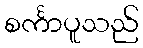
စင်္ကာပူသည်